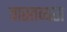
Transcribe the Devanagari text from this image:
वास्तव्यस